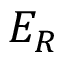
E _ { R }